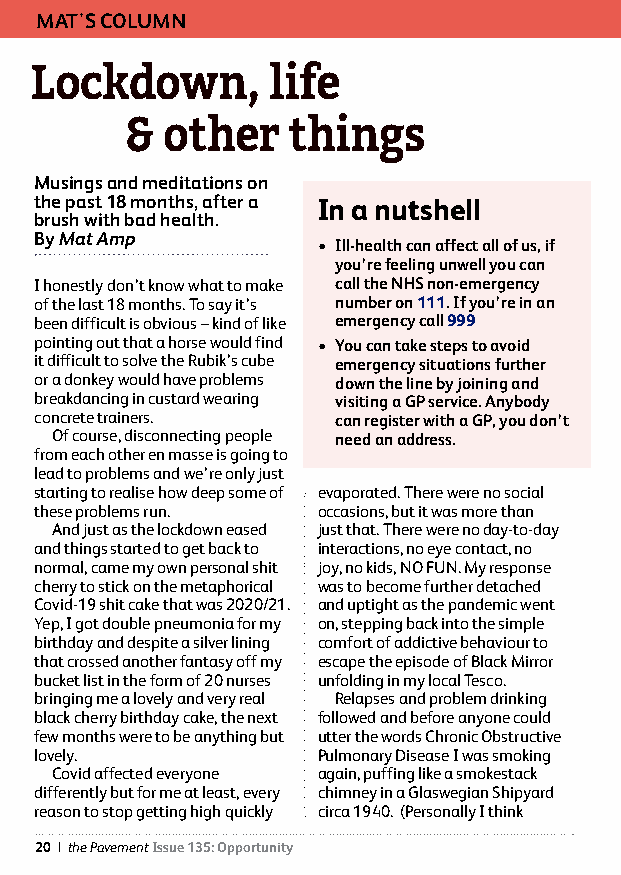
MAT'S COLUMN
 Lockdown,       life
 &  other   things
 Musings and meditations on
 the past 18 months, after a In a nutshell
 brush with bad health.
 By Mat Amp
 • Ill-health can affect all of us, if
 you’re feeling unwell you can
 I honestly don’t know what to make call the NHS non-emergency
 of the last 18 months. To say it’s number on 111. If you’re in an
 been difficult is obvious – kind of like emergency call 999
 pointing out that a horse would find • You can take steps to avoid
 it difficult to solve the Rubik’s cube emergency situations further
 or a donkey would have problems down the line by joining and
 breakdancing in custard wearing visiting a GP service. Anybody
 concrete trainers.  can register with a GP, you don’t
 Of course, disconnecting people need an address.
 from each other en masse is going to
 lead to problems and we’re only just
 starting to realise how deep some of evaporated. There were no social
 these problems run. occasions, but it was more than
 And just as the lockdown eased just that. There were no day-to-day
 and things started to get back to interactions, no eye contact, no
 normal, came my own personal shit joy, no kids, NO FUN. My response
 cherry to stick on the metaphorical was to become further detached
 Covid-19 shit cake that was 2020/21. and uptight as the pandemic went
 Yep, I got double pneumonia for my on, stepping back into the simple
 birthday and despite a silver lining comfort of addictive behaviour to
 that crossed another fantasy off my escape the episode of Black Mirror
 bucket list in the form of 20 nurses unfolding in my local Tesco.
 bringing me a lovely and very real Relapses and problem drinking
 black cherry birthday cake, the next followed and before anyone could
 few months were to be anything but utter the words Chronic Obstructive
 lovely.            Pulmonary Disease I was smoking
 Covid affected everyone again, puffing like a smokestack
 differently but for me at least, every chimney in a Glaswegian Shipyard
 reason to stop getting high quickly circa 1940. (Personally I think
 20 | the Pavement Issue 135: Opportunity